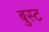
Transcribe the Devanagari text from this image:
बुस्ट